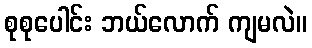
စုစုပေါင်း ဘယ်လောက် ကျမလဲ။